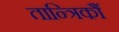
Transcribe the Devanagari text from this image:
तान्त्रिकौं